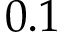
0 . 1